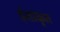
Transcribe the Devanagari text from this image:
ईशांकृत